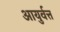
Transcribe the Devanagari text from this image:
आयुर्वत्त